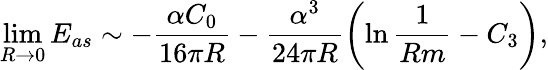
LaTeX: \operatorname*{lim}_{R\rightarrow 0}E_{as}\sim-\frac{\alpha C_{0}}{16\pi R}-\frac{\alpha^{3}}{24\pi R}\left(\ln\frac{1}{Rm}-C_{3}\right),